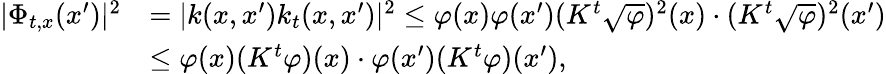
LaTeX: \begin{array}{rl}{|\Phi_{t,x}(x^{\prime})|^{2}}&{=|k(x,x^{\prime})k_{t}(x,x^{\prime})|^{2}\le\varphi(x)\varphi(x^{\prime})(K^{t}\sqrt{\varphi})^{2}(x)\cdot(K^{t}\sqrt{\varphi})^{2}(x^{\prime})}\\ &{\le\varphi(x)(K^{t}\varphi)(x)\cdot\varphi(x^{\prime})(K^{t}\varphi)(x^{\prime}),}\end{array}